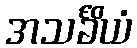
အသင်္ခိယံ